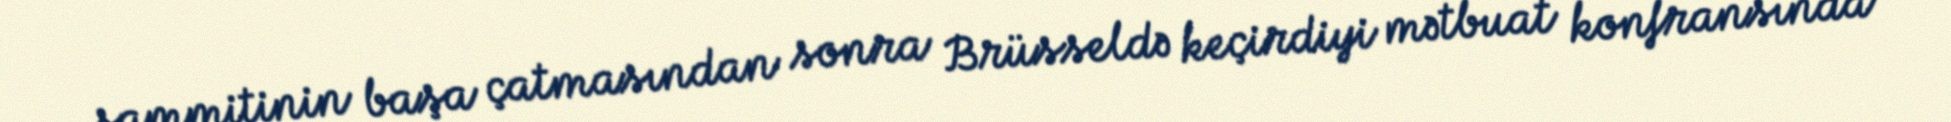
sammitinin başa çatmasından sonra Brüsseldə keçirdiyi mətbuat konfransında